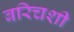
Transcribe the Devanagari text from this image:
बरिचशी